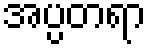
အပ္ပတရာ